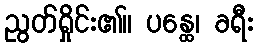
ညွတ်ရှိုင်း၏။ ပန္ထေ၊ ခရီး